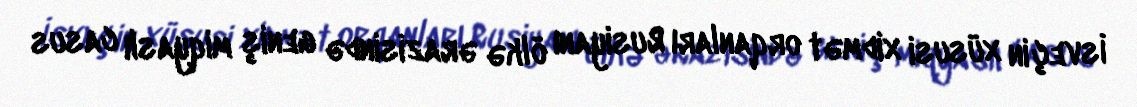
İsveçin xüsusi xidmət orqanları Rusiyanı ölkə ərazisində geniş miqyaslı casus